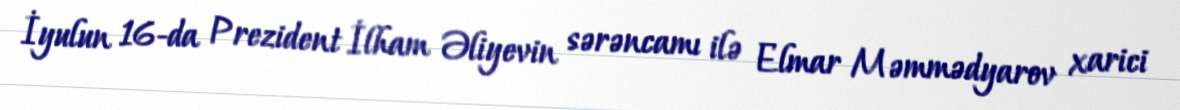
İyulun 16-da Prezident İlham Əliyevin sərəncamı ilə Elmar Məmmədyarov xarici